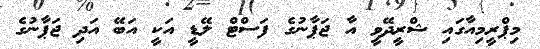
މިޕްރީމިއާގައި ޝްރީދޭވީ އާ ޖަޕާނުގެ ފަސްޓް ލޭޑީ އަކީ އަބޭ އަދި ޖަޕާނުގެ